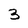
Character: 3